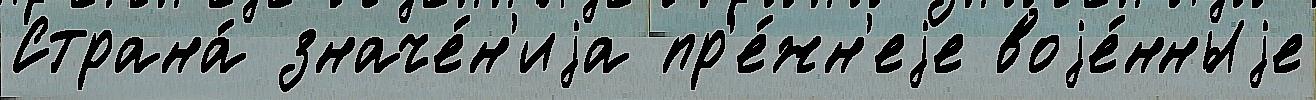
Страна́ значе́н'иjа пр'е́жн'еjе воjе́нныjе